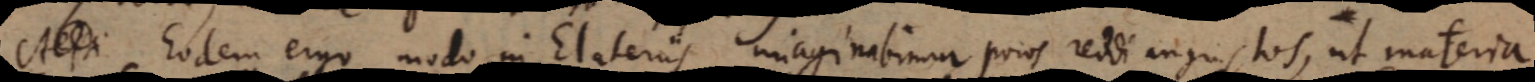
Eodem ergo modo in Elateriis imaginabimur poros reddi angustos, ut materia